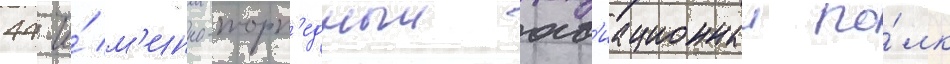
44-и́ м'инно-торп'едныи ав'иационныи по́лк